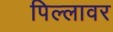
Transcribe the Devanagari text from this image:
पिल्लावर